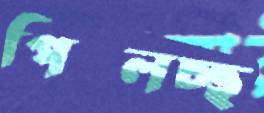
পিছ্‌লচ্ছ